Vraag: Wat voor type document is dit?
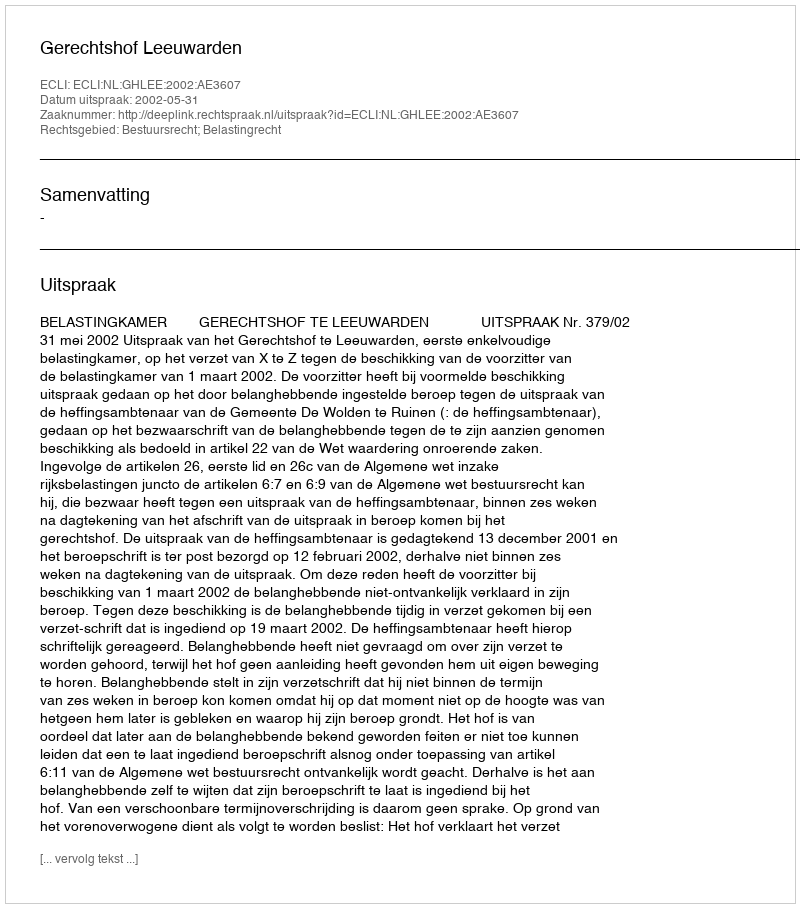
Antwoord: Uitspraak